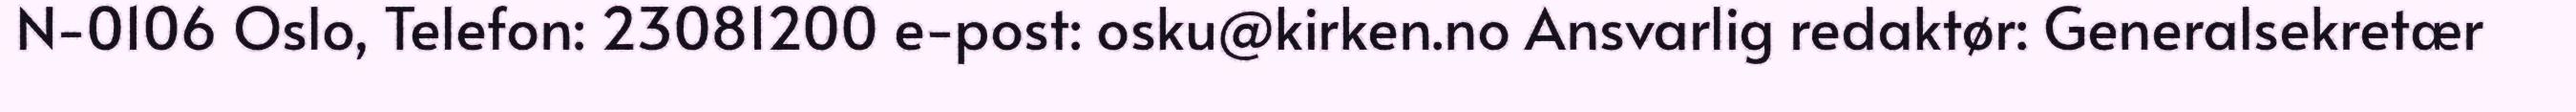
N-0106 Oslo, Telefon: 23081200 e-post: osku@kirken.no Ansvarlig redaktør: Generalsekretær